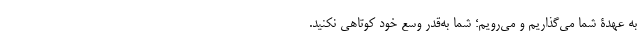
به عهدۀ شما می‌گذاریم و می‌رویم؛ شما به‌قدر وُسعِ خود کوتاهی نکنید.